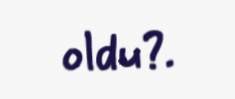
oldu?.